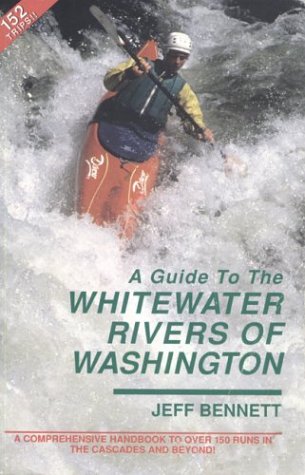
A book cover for A Guide to the Whitewater Rivers of Washington: A Comprehensive Handbook to over 150 Runs in the Cascades and Beyond; Jeff Bennett; Sports & Outdoors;